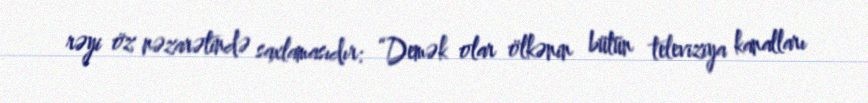
rəyi öz nəzarətində saxlamasıdır: “Demək olar ölkənin bütün televiziya kanalları